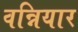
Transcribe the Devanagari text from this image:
वन्नियार